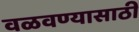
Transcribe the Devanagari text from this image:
वळवण्यासाठी